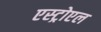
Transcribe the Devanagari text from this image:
एस्ट्रोएल